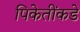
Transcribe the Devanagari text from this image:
पिकेतींकडे